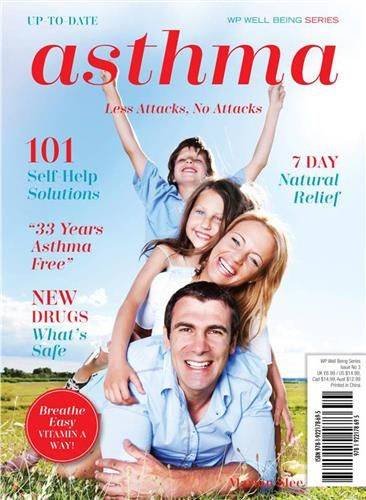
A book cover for Asthma: Less Attacks, No Attacks (Wp Well Being); Marian Slee; Health, Fitness & Dieting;